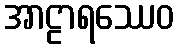
အာဠာရဿေဝ